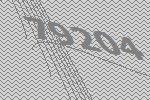
79204